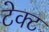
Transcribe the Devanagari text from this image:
टेक्ट